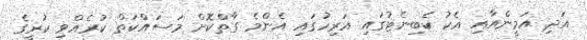
އަދި އަމީންއާއި އެކު ކެބިނެޓުގައި އަރިހުގައި އެންމެ ގާތްކޮށް މަސައްކަތް ކުރެއްވި ކުރީގެ